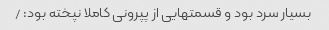
بسیار سرد بود و قسمتهایی از پپرونی کاملا نپخته بود: /